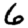
Digit: 6